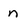
Character: n